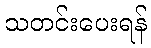
သတင်းပေးရန်